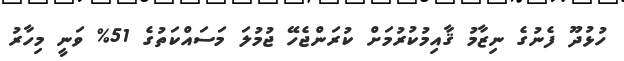
ހުޅުދޫ ފެނުގެ ނިޒާމު ޤާއިމުކުރުމަށް ކުރަންޖެހޭ ޖުމުލަ މަސައްކަތުގެ 51% ވަނީ މިހާރު